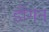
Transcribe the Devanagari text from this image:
डॉगन